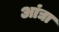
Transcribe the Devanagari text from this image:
आंद्या